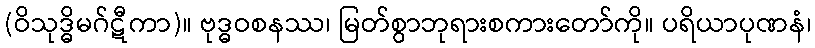
(ဝိသုဒ္ဓိမဂ်ဋီကာ)။ ဗုဒ္ဓဝစနဿ၊ မြတ်စွာဘုရားစကားတော်ကို။ ပရိယာပုဏနံ၊